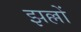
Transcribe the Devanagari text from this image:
झल्लों